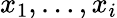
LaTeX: x_{1},\ldots,x_{i}